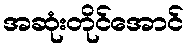
အဆုံးတိုင်အောင်